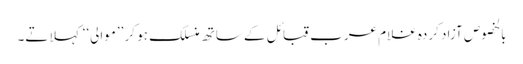
بالخصوص آزاد کردہ غلام عرب قبائل کے ساتھ منسلک ہو کر ’’موالی‘‘ کہلاتے۔